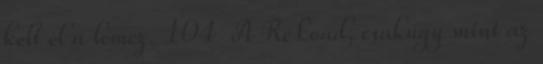
kelt el a lemez. 104 A ReLoad, csakúgy mint az